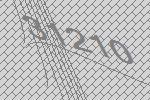
31210